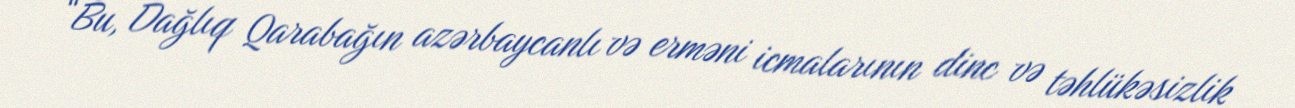
“Bu, Dağlıq Qarabağın azərbaycanlı və erməni icmalarının dinc və təhlükəsizlik